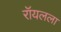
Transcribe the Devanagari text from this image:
रॉयलला